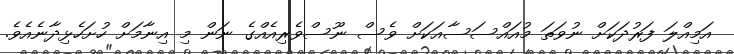
އަމިއްލަ ފަރުދަކަށް ނުވަތަ މުއައްސަސާއަކަށް ވެސް ނޫސްވެރިއެއްގެ ނަން މި އިނާމަށް ހުށަހެޅިދާނެއެވެ.